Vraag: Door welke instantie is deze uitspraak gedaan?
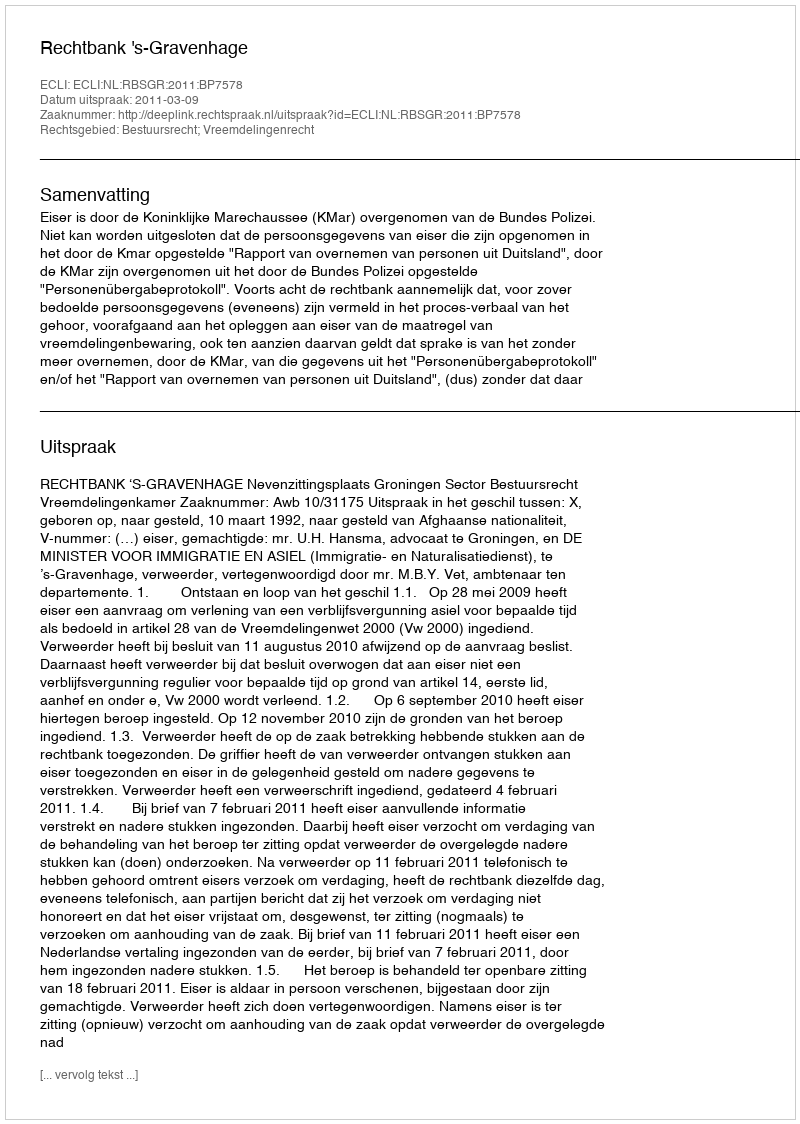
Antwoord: Rechtbank 's-Gravenhage